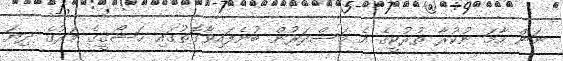
ނަން ހާމަ ނުކުރާ ތުުރުކީގެ އެ މަސްދަރުން ބުނެފައިވާގޮތުގައި ޚަޝޯގީގެ މަރުގެ ދިޔަ